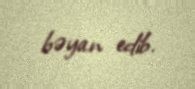
bəyan edib.